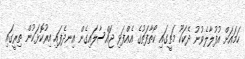
ހަމައަށް އުފުލާލެވުނު ދެކަކޫ މަތީގައި ކޯތާފަތުގެ އެއްފަޅި ޖައްސާލައިގެން އިނދެފައި އިރުކޮޅަކުން ތިރީގައި